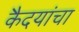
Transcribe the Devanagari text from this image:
कैदयांचा